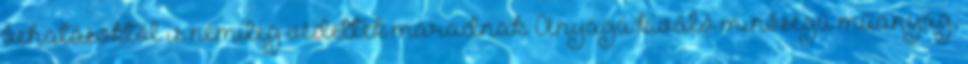
behatásoktól is némileg védettek maradnak. Anyaga kiváló minőségű műanyag,